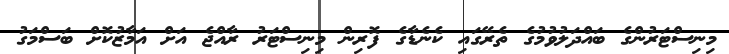
މިނިސްޓަރުންގެ ބައްދަލުވުމުގެ ތެރޭގައި ކެނެޑާގެ ފޮރިން މިނިސްޓަރު ރާއްޖެ އަށް އަމާޒުކޮށް ބަސްމަގު